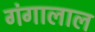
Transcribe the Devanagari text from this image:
गंगालाल